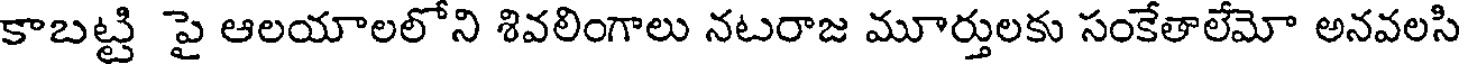
కాబట్టి పై ఆలయాలలోని శివలింగాలు నటరాజ మూర్తులకు సంకేతాలేమో అనవలసి